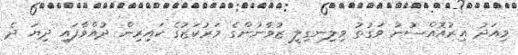
މިއަދު އިރުއޮއްސުނު ވަގުތު ވިލިނގިލީ ޒުވާނުންގެ މަރުކަޒުގެ ކައިރިން ދުއްވާފައި ދިޔަ ދެ